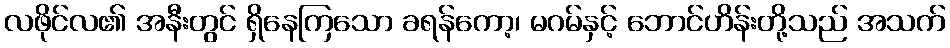
လဖိုင်လ၏ အနီးတွင် ရှိနေကြသော ခရန်ကော့၊ မဂမ်နှင့် ဘောင်ဟိန်းတို့သည် အသက်